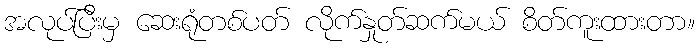
အလုပ်ပြီးမှ ဆေးရုံတစ်ပတ် လိုက်နှုတ်ဆက်မယ် စိတ်ကူးထားတာ။